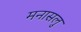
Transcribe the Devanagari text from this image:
मनासलु